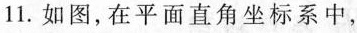
11.如图，在平面直角坐标系中，